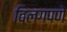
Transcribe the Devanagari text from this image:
विलगपणे